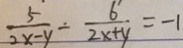
\frac { 5 } { 2 x - y } - \frac { 6 } { 2 x + y } = - 1